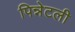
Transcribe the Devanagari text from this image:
पिन्नेटली